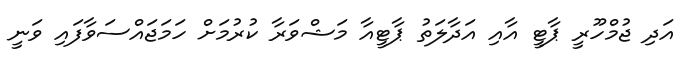
އަދި ޖުމްހޫރީ ޕާޓީ އާއި އަދާލަތު ޕާޓީއާ މަޝްވަރާ ކުރުމަށް ހަމަޖައްސަވާފައި ވަނީ